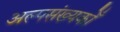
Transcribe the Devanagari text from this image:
अल्पसंख्यकोँ